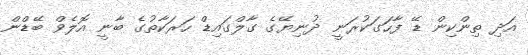
އަދި ތިންކިން ޑޭ ފާހަގަކުރަނީ ދުނިޔޭގެ ގާލްގައިޑް ހަރަކާތުގެ ބާނީ އޮލެވް ބޭޑްން